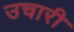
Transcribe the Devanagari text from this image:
उचारी